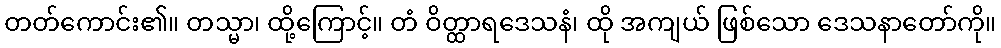
တတ်ကောင်း၏။ တသ္မာ၊ ထို့ကြောင့်။ တံ ဝိတ္ထာရဒေသနံ၊ ထို အကျယ် ဖြစ်သော ဒေသနာတော်ကို။